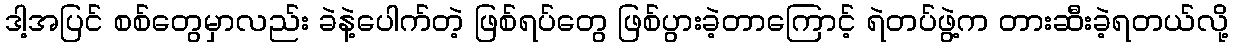
ဒါ့အပြင် စစ်တွေမှာလည်း ခဲနဲ့ပေါက်တဲ့ ဖြစ်ရပ်တွေ ဖြစ်ပွားခဲ့တာကြောင့် ရဲတပ်ဖွဲ့က တားဆီးခဲ့ရတယ်လို့